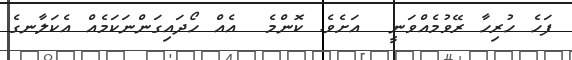
ފަހެ ހުރިހާ ރޭވުމެއްވަނީ  އަށެވެ. ކޮންމެ  އެއް ހޯދައިގަންނަކަމެއް އެކަލާނގެ